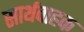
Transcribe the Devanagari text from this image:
सार्थवाहक